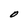
Character: O